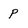
Character: P